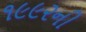
૧૯૯૨ની